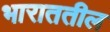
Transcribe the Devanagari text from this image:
भाराततील